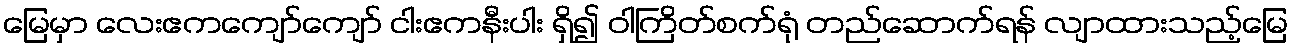
မြေမှာ လေးဧကကျော်ကျော် ငါးဧကနီးပါး ရှိ၍ ဝါကြိတ်စက်ရုံ တည်ဆောက်ရန် လျာထားသည့်မြေ